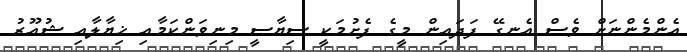
އެންމެންނަށް ވެސް އެނގޭ ފަދައިން މީގެ ފެށުމަކީ ސިޔާސީ މިނިވަންކަމާއި ޚިޔާލާއި ޝުއޫރު